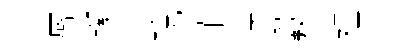
辱蹊喪貺韮怏誓瞀裡